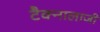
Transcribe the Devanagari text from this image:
टैक्नालाजी